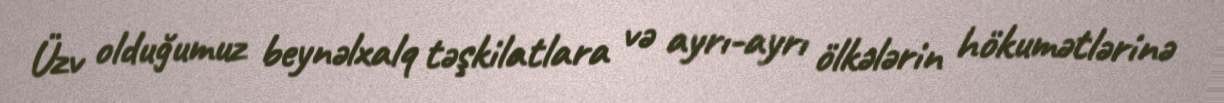
Üzv olduğumuz beynəlxalq təşkilatlara və ayrı-ayrı ölkələrin hökumətlərinə